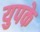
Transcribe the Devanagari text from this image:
युपके